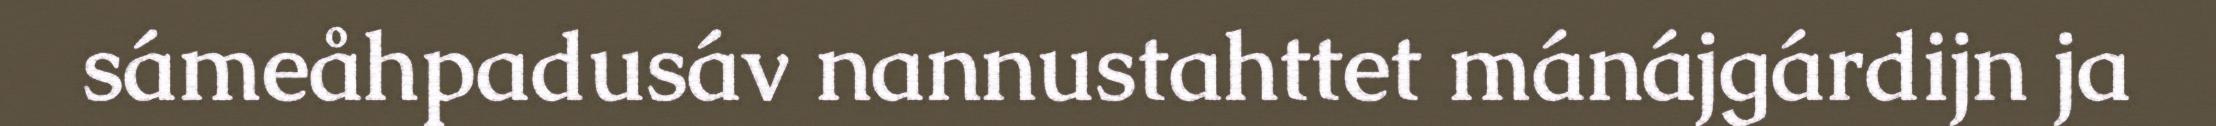
sámeåhpadusáv nannustahttet mánájgárdijn ja